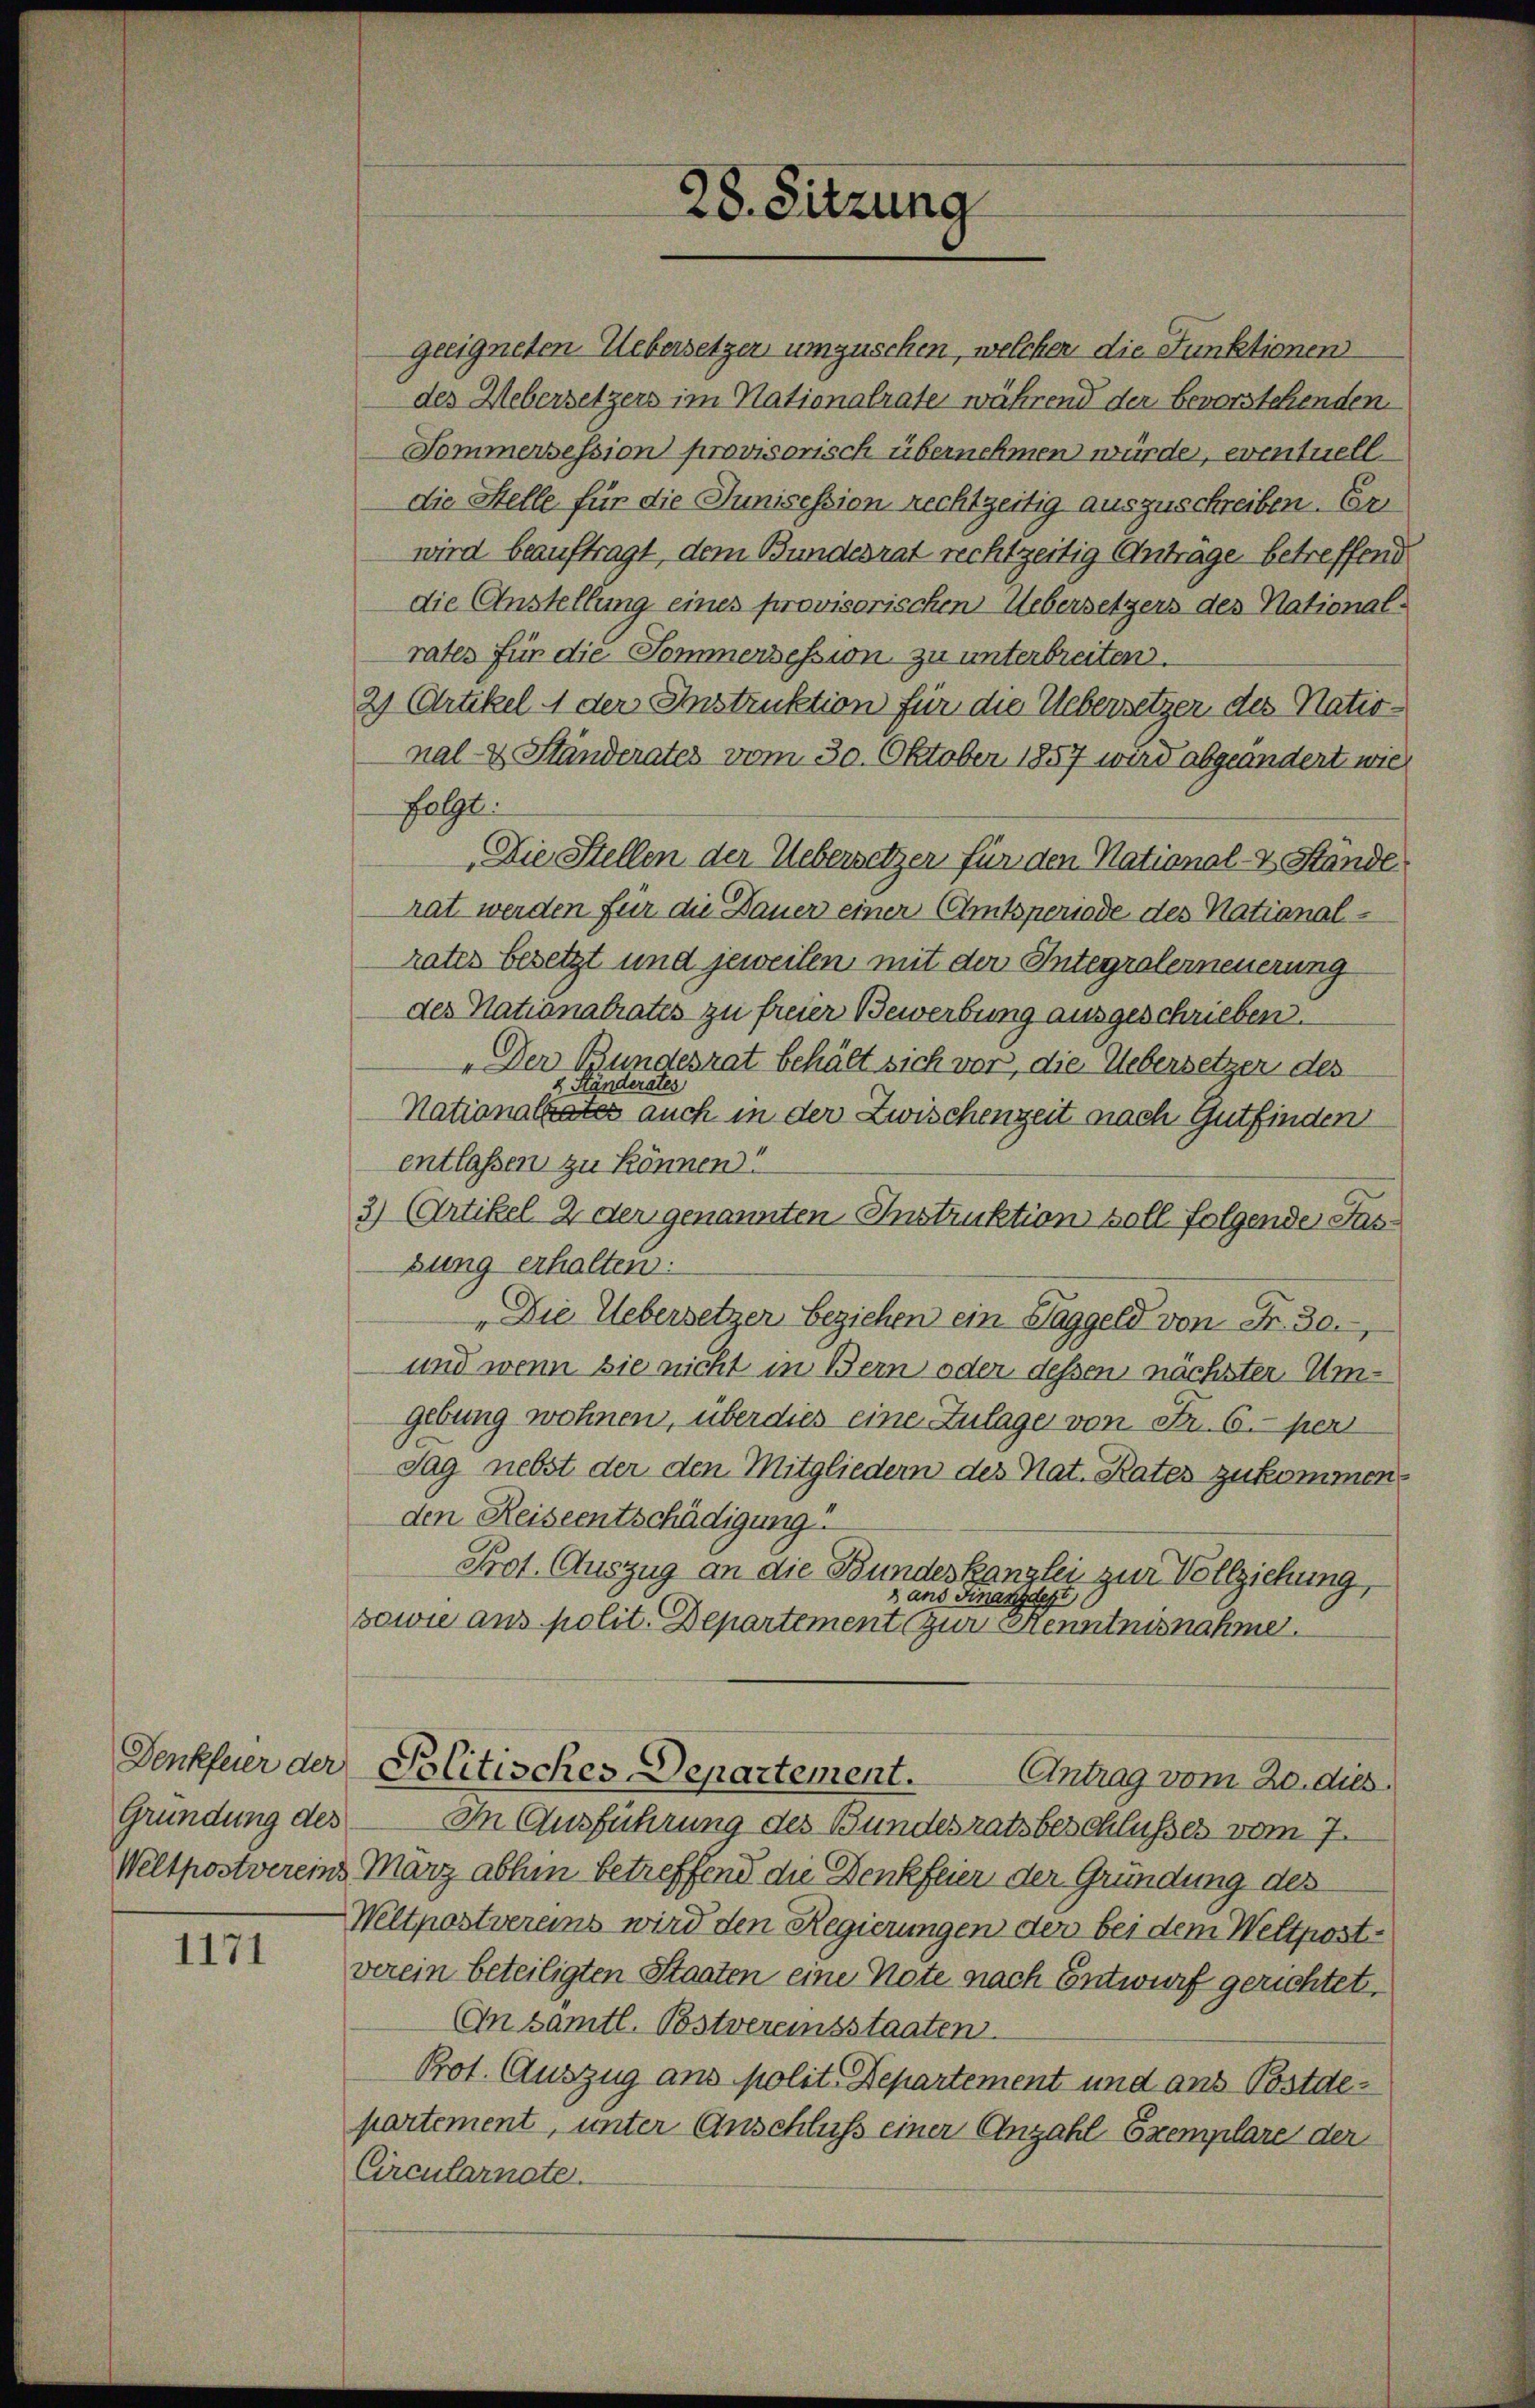
Denkfeier der
Gründung des
Weltpostvereini

1171

geeigneten Uebersetzer umzuschen, welcher die Funktionen
des Uebersetzers im Nationalrate während der bevorstehenden
Sommersession provisorisch übernehmen würde, eventuell.
die Stelle für die Junisession rechtzeitig auszuschreiben. Er
wird beauftragt, dem Bundesrat rechtzeitig Antrage betreffend
die Anstellung eines provisorischen Uebersetzers des National-
rates für die Sommensession zu unterbreiten.
2) Artikel 4 der Instruktion für die Uebersetzer des National- & Ständerates vom 30. Oktober 1857 wird abgeändert wie
folgt
Die Stellen der Uebersetzer für den National- & Stände
hat werden für die Dauer einer (Amtsperiode des National-
rates besetzt und jeweilen mit der Integralerneuerung
des Nationalrates zu freier Bewerbung ausgeschrieben.
„Der Bundesrat behält sich vor, die Uebersetzer des
Nationalrates auch in der Zwischenzeit nach Gutfinden
entlassen zu können?
3) (Artikel 2 der genannten Instruktion soll folgende Fasbung erhalten:
„Die Uebersetzer beziehen ein Taggeld von Fr. 30.
und wenn sie nicht in Bern oder dessen nächster Umgebung wohnen, überdies eine Zulage von Fr. 6. peri
Tag nebst der den Mitgliedern des Nat. Rates zukommen.
den Reiseentschädigung
Prot. Auszug an die Bundeskanzlei zur Vollziehung,
8 ans Finanzdept
sowie aus polit. Departement zur Henntnisnahme.
Politisches Departement. Antrag vom 20. dies
In Ausführung des Bundesratsbeschlusses vom 7.
Marz abhin betreffend die Denkfeier der Gründung des
Weltpostvereins wird den Regierungen der bei dem Weltpostverein beteiligten Staaten eine Note nach Entwurf gerichtet,
En sämtl. Postvereinsstaaten.
Prot. Auszug ans polit. Departement und ans Postdepartement, unter Anschluß einer Anzahl Exemplare der
Circularnete.

28. Sitzung